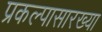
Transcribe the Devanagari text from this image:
प्रकल्पासारख्या